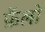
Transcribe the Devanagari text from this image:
फ़ॅलो